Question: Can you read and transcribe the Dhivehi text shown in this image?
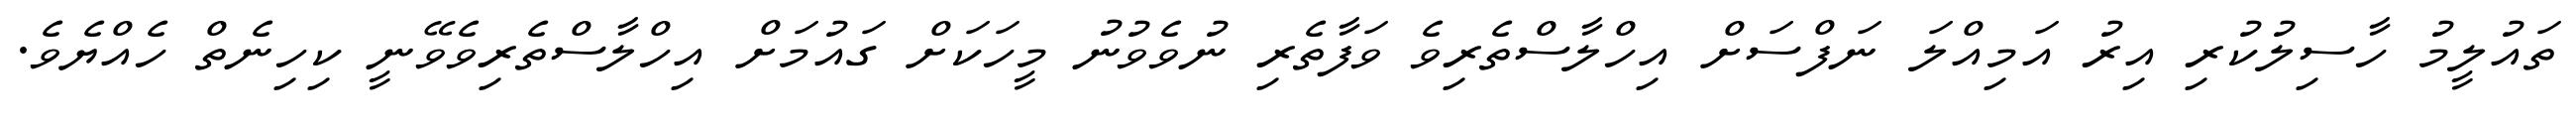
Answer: ތައުލީމު ހާސިލުކުރި އިރު އަމިއްލަ ނަފްސަށް އިހްލާސްތެރިވެ ވަފާތެރި ނުވެވުނު މީހަކަށް ގައުމަށް އިހްލާސްތެރިވެވޭނީ ކިހިނެތް ހެއްޔެވެ.